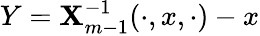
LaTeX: Y=\mathbf{X}_{m-1}^{-1}(\cdot,x,\cdot)-x